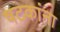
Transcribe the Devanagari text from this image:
षटकांना